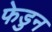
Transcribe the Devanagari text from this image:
फेडुन